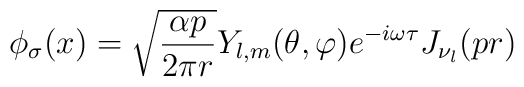
\phi_{\sigma}(x)=\sqrt{\frac{\alpha p}{2\pi r}}Y_{l,m}(\theta,\varphi)e^{-i\omega\tau}J_{\nu_{l}}(pr)